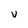
Character: V